Annual report of the Punjab Veterinary College and of the Civil Veterinary Department, Punjab - 1920-1925
Year: 1920
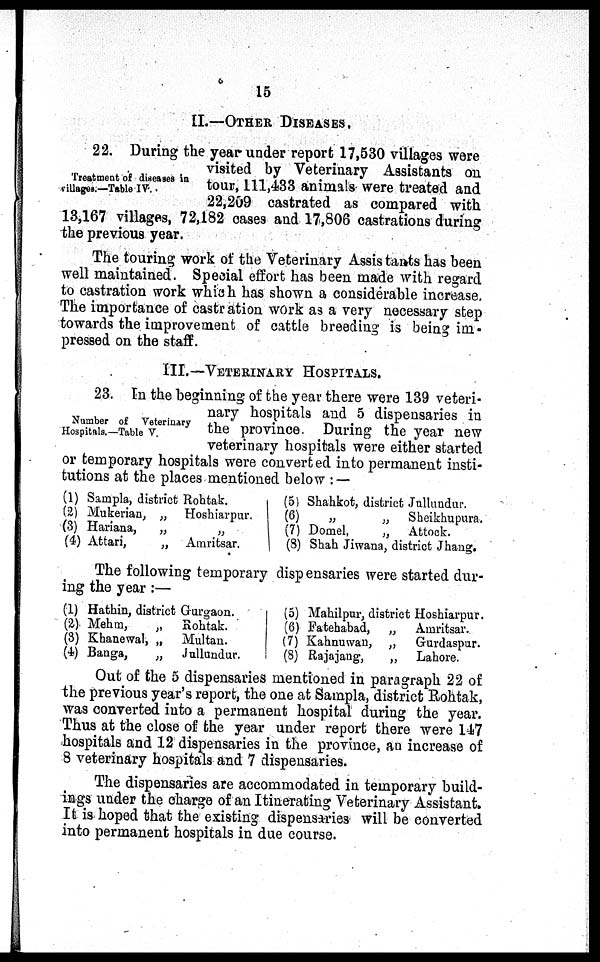
15
II.—OTHER DISEASES.
Treatment of diseases in
villages.—Table IV.
22. During the year under report 17,530 villages were
visited by Veterinary Assistants on
tour, 111,133 animals were treated and
22,209 castrated as compared with
13,167 villages, 72,182 oases and 17,806 castrations during
the previous year.
The touring work of the Veterinary Assistants has been
well maintained. Special effort has been made with regard
to castration work which has shown a considerable increase.
The importance of castration work as a very necessary step
towards the improvement of cattle breeding is being im-
pressed on the staff.
III.—VETERINARY HOSPITALS.
Number of Veterinary
Hospitals.—Table V
23. In the beginning of the year there were 139 veteri-
nary hospitals and 5 dispensaries in
the province. During the year new
veterinary hospitals were either started
or temporary hospitals were converted into permanent insti-
tutions at the places mentioned below:—
(1) Sampla, district Rohtak.
(2) Mukerian, „ Hoshiarpur.
(3) Hariana,
„
„
(4) Attari,
„ Amritsar.
(5)
(6)
(7)
(8)
Shahkot, district Jullundur.
„
„
Sheikhupura.
Domel,
„
Attock.
Shah Jiwana, district Jhang.
The following temporary dispensaries were started dur-
ing the year:—
(1)
(2)
(3)
(4)
Hathin, district Gurgaon.
Mehm,
„
Rohtak.
Khanewal, „
Multan.
Banga,
„
Jullundur.
(5)
(6)
(7)
(3)
Mahilpur, district Hoshiarpur.
Fatehabad,
„
Amritsar.
Kabnuwau,
„
Gurdaspur.
Rajajang,
„
Lahore.
Out of the 5 dispensaries mentioned in paragraph 22 of
the previous year's report, the one at Sampla, district Rohtak,
was converted into a permanent hospital during the year.
Thus at the close of the year under report there were 147
hospitals and 12 dispensaries in the province, an increase of
8 veterinary hospitals and 7 dispensaries.
The dispensaries are accommodated in temporary build-
ings under the charge of an Itinerating Veterinary Assistant,
It is hoped that the existing dispensaries will be converted
into permanent hospitals in due course.